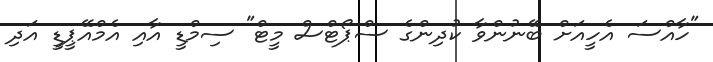
"ހާއްސަ އެހީއަށް ބޭނުންވާ ކުދިންގެ ސްޕޯޓްސް މީޓް" ސިމްޑީ އާއި އެމްއޭޕީޑީ އަދި